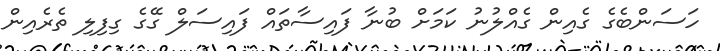
ހަސަންބެގެ ގެއިން ގެއްލުނު ކަމަށް ބުނާ ފައިސާތައް ފައިސަލް ގޭގެ ގިފިލި ތެރެއިން